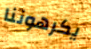
يكرهوننا